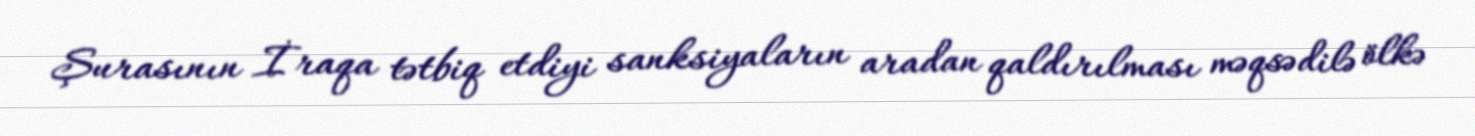
Şurasının İraqa tətbiq etdiyi sanksiyaların aradan qaldırılması məqsədilə ölkə